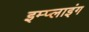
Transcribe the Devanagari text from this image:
इम्प्‍लाइंग